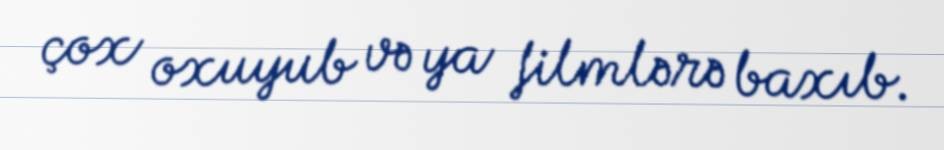
çox oxuyub və ya filmlərə baxıb.